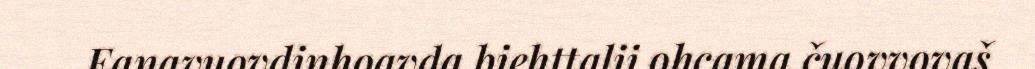
Eanavuovdinhoavda biehttalii ohcama čuovvovaš